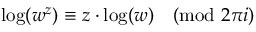
\log ( w ^ { z } ) \equiv z \cdot \log ( w ) { \pmod { 2 \pi i } }